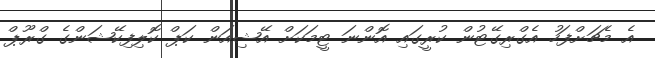
އެ މެޗަށްފަހު އެގްރިގޭޓުން ކުރީގައި އޮންނަ ޓީމަކަށް އޭޝިއަން ކަޕް ކޮލިފިކޭޝަންގެ ގްރޫޕް